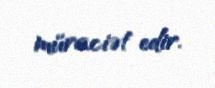
müraciət edir.